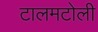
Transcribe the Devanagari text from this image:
टालमटोली